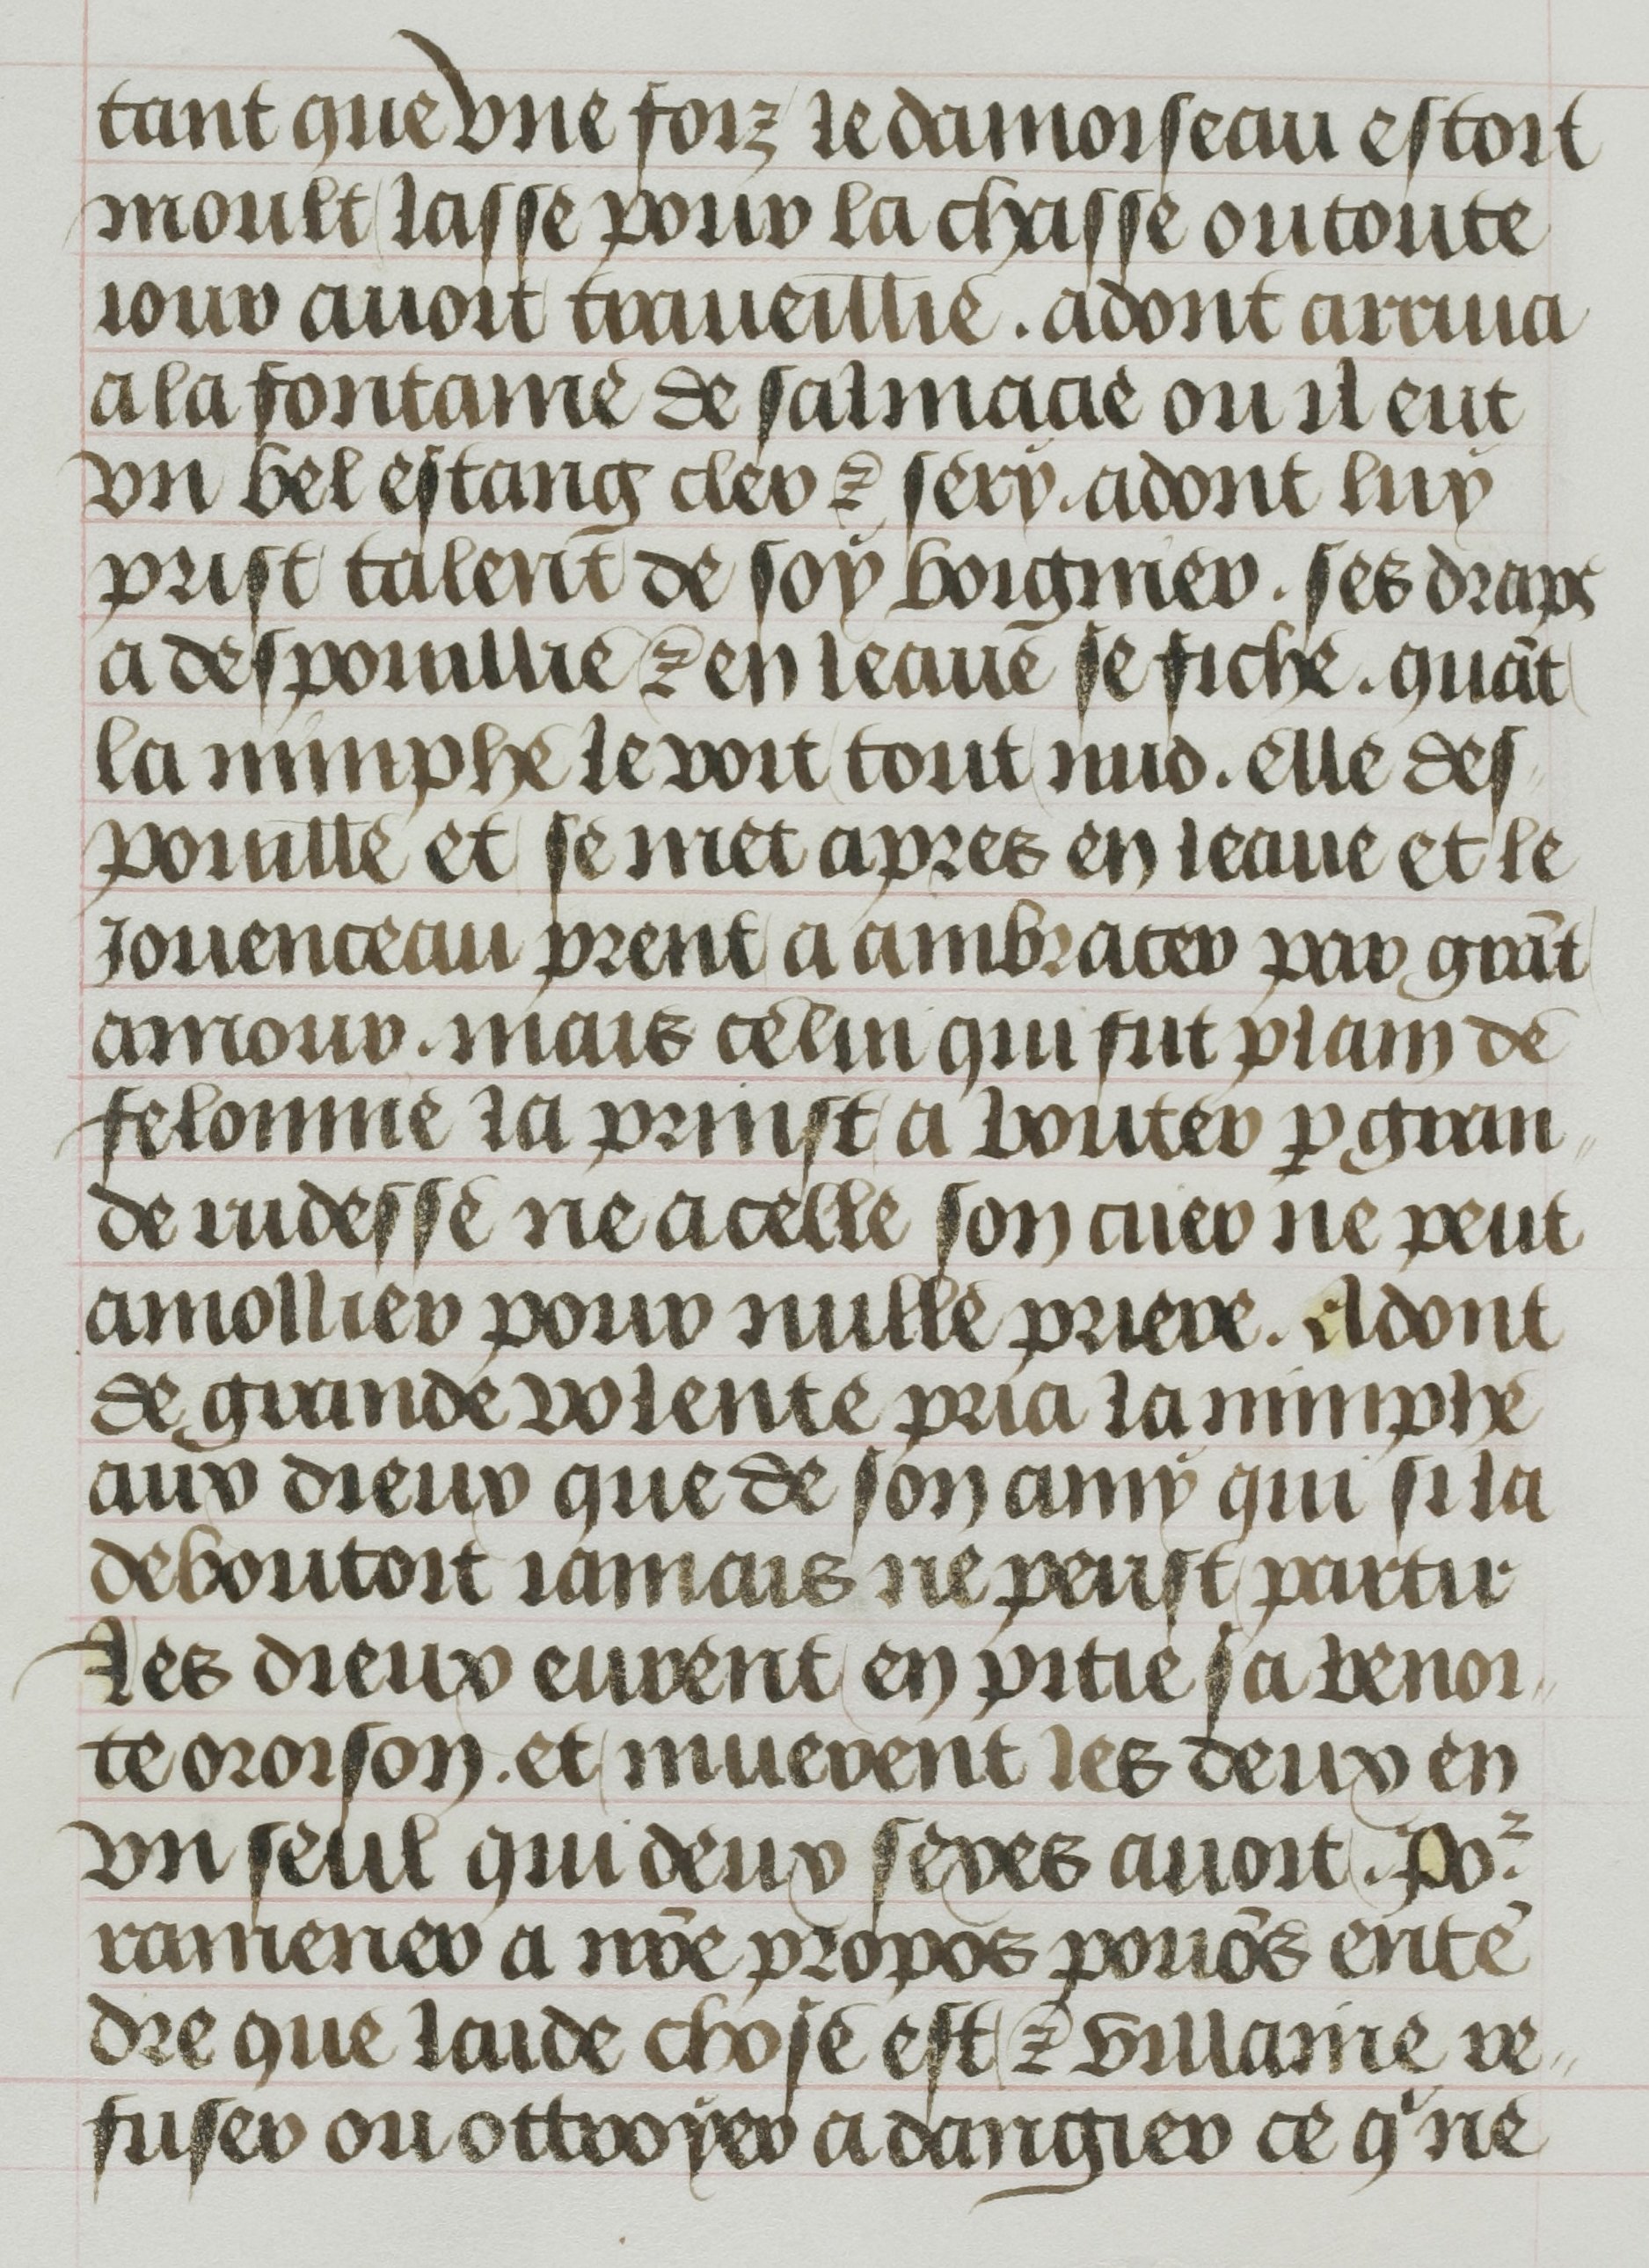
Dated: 1455–1465